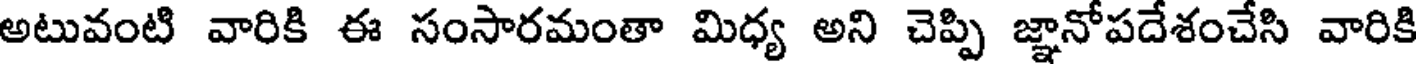
అటువంటి వారికి ఈ సంసారమంతా మిధ్య అని చెప్పి జ్ఞానోపదేశంచేసి వారికి